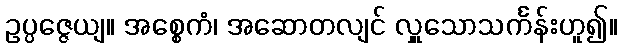
ဥပ္ပဇ္ဇေယျ။ အစ္စေကံ၊ အဆောတလျင် လှူသောသင်္ကန်းဟူ၍။